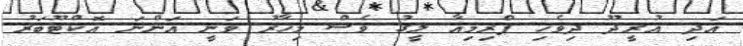
އަދި އުރީދޫ ދިވެހި ޕްރިމިއާ ލީގު ވެސް މިހާރު ވަނީ އަންނަ އޮކްޓޫބަރު